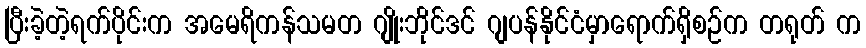
ပြီးခဲ့တဲ့ရက်ပိုင်းက အမေရိကန်သမတ ဂျိုးဘိုင်ဒင် ဂျပန်နိုင်ငံမှာရောက်ရှိစဉ်က တရုတ် က